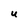
Character: U